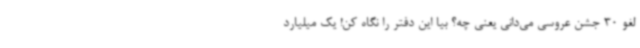
لغو 30 جشن عروسی می‌دانی یعنی چه؟ بیا این دفتر را نگاه کن! یک میلیارد